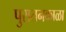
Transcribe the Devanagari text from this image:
पुरातनकाळा